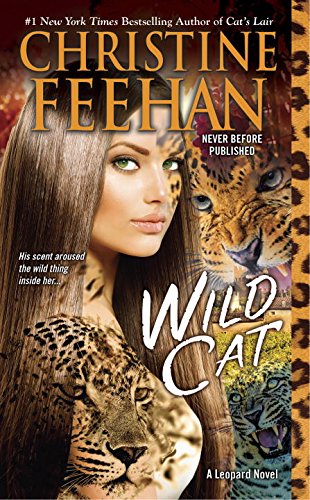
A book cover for Wild Cat (A Leopard Novel); Christine Feehan; Romance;